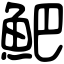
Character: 䰾